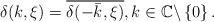
LaTeX: \begin{align*} \delta(k,\xi)=\overline{\delta(-\bar{k},\xi)}, k\in\mathbb{C}\backslash\left\{0\right\}.\end{align*}